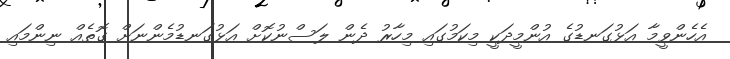
އެހެންވީމާ އަޅުގަނޑުގެ އުންމީދަކީ މިކަމުގައި މިހާރު ދެން ލަސްނުކޮށް އަޅުގަނޑުމެންނަށް ގޮތެއް ނިންމައި